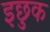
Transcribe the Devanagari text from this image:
इछुक